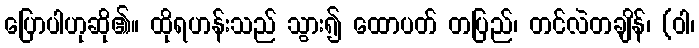
ပြောပါဟုဆို၏။ ထိုရဟန်းသည် သွား၍ ထောပတ် တပြည်၊ တင်လဲတချိန်၊ (ဝါ၊